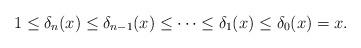
LaTeX: \begin{align*}1\le \delta_n(x) \le \delta_{n-1}(x) \le \dots \le \delta_1(x) \le \delta_0(x) = x.\end{align*}